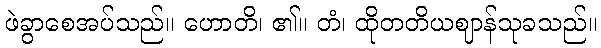
ဖဲခွာစေအပ်သည်။ ဟောတိ၊ ၏။ တံ၊ ထိုတတိယဈာန်သုခသည်။